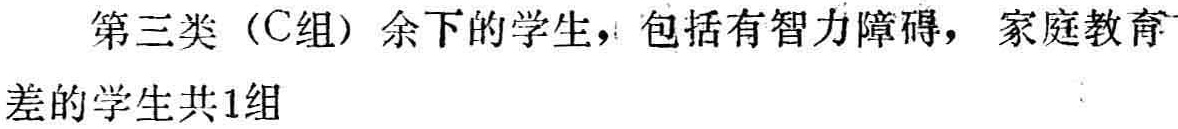
第三类（C组）余下的学生，包括有智力障碍，家庭教育差的学生共1组